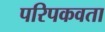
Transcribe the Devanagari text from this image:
परिपकवता